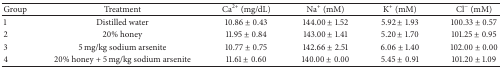
<table><thead><tr><td><b>Group</b></td><td><b>Treatment</b></td><td><b>Ca<sup>2+</sup> (mg/dL)</b></td><td><b>Na<sup>+</sup> (mM)</b></td><td><b>K<sup>+</sup> (mM)</b></td><td><b>Cl<sup>−</sup> (mM)</b></td></tr></thead><tbody><tr><td>1</td><td>Distilled water</td><td>10.86 ± 0.43</td><td>144.00 ± 1.52</td><td>5.92 ± 1.93</td><td>100.33 ± 0.57</td></tr><tr><td>2</td><td>20% honey</td><td>11.95 ± 0.84</td><td>143.00 ± 1.41</td><td>5.20 ± 1.70</td><td>101.25 ± 0.95</td></tr><tr><td>3</td><td>5 mg/kg sodium arsenite</td><td>10.77 ± 0.75</td><td>142.66 ± 2.51</td><td>6.06 ± 1.40</td><td>102.00 ± 0.00</td></tr><tr><td>4</td><td>20% honey + 5 mg/kg sodium arsenite</td><td>11.61 ± 0.60</td><td>140.00 ± 0.00</td><td>5.45 ± 0.91</td><td>101.20 ± 1.09</td></tr></tbody></table>